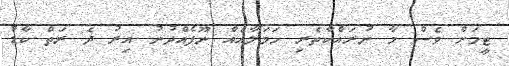
ޓީމަށް ވެސް މާ ނުރައްކާތެރި ހަމަލާއެއް ނޫފެއްދުނު އިރު ދެ ރަތް ކާޑު